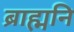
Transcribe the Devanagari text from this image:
ब्राह्मनि